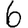
Digit: 6